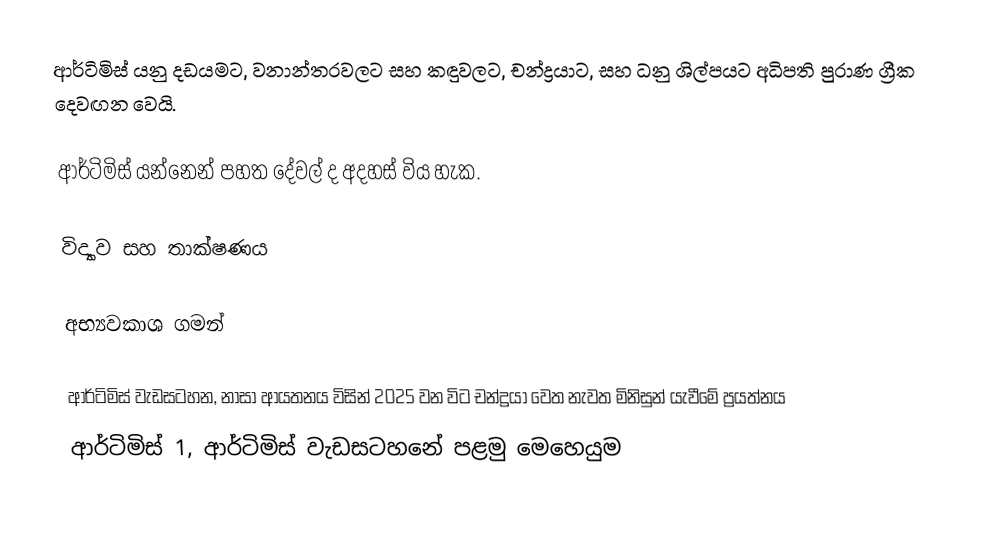
ආර්ටිමිස් යනු දඩයමට, වනාන්තරවලට සහ කඳුවලට, චන්ද්‍රයාට, සහ ධනු ශිල්පයට අධිපති පුරාණ ග්‍රීක දෙවඟන වෙයි.

ආර්ටිමිස් යන්නෙන් පහත දේවල් ද අදහස් විය හැක.

විද්‍යාව සහ තාක්ෂණය

අභ්‍යවකාශ ගමන්

 ආර්ටිමිස් වැඩසටහන, නාසා ආයතනය විසින් 2025 වන විට චන්ද්‍රයා වෙත නැවත මිනිසුන් යැවීමේ ප්‍රයත්නය
 ආර්ටිමිස් 1, ආර්ටිමිස් වැඩසටහනේ පළමු මෙහෙයුම